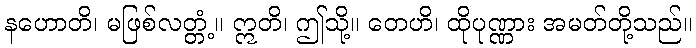
နဟောတိ၊ မဖြစ်လတ္တံ့။ ဣတိ၊ ဤသို့။ တေဟိ၊ ထိုပုဏ္ဏား အမတ်တို့သည်။